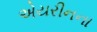
એયરીનના